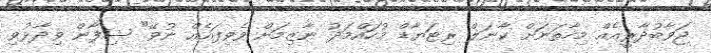
ޖަވާބުދާރީއެއް މިހާތަނަށް ކާނަލް ރިޓަޔާޑް މުހައްމަދު ނާޒިމަށް ވެވިފައެއް ނުވޭ" ޝިފާން ވިދާޅުވި